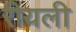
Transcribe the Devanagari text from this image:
रीयली